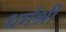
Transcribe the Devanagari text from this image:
धर्मश्री